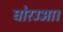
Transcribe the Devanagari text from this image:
घोरउआ।